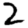
Digit: 2